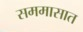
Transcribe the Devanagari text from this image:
सममासात